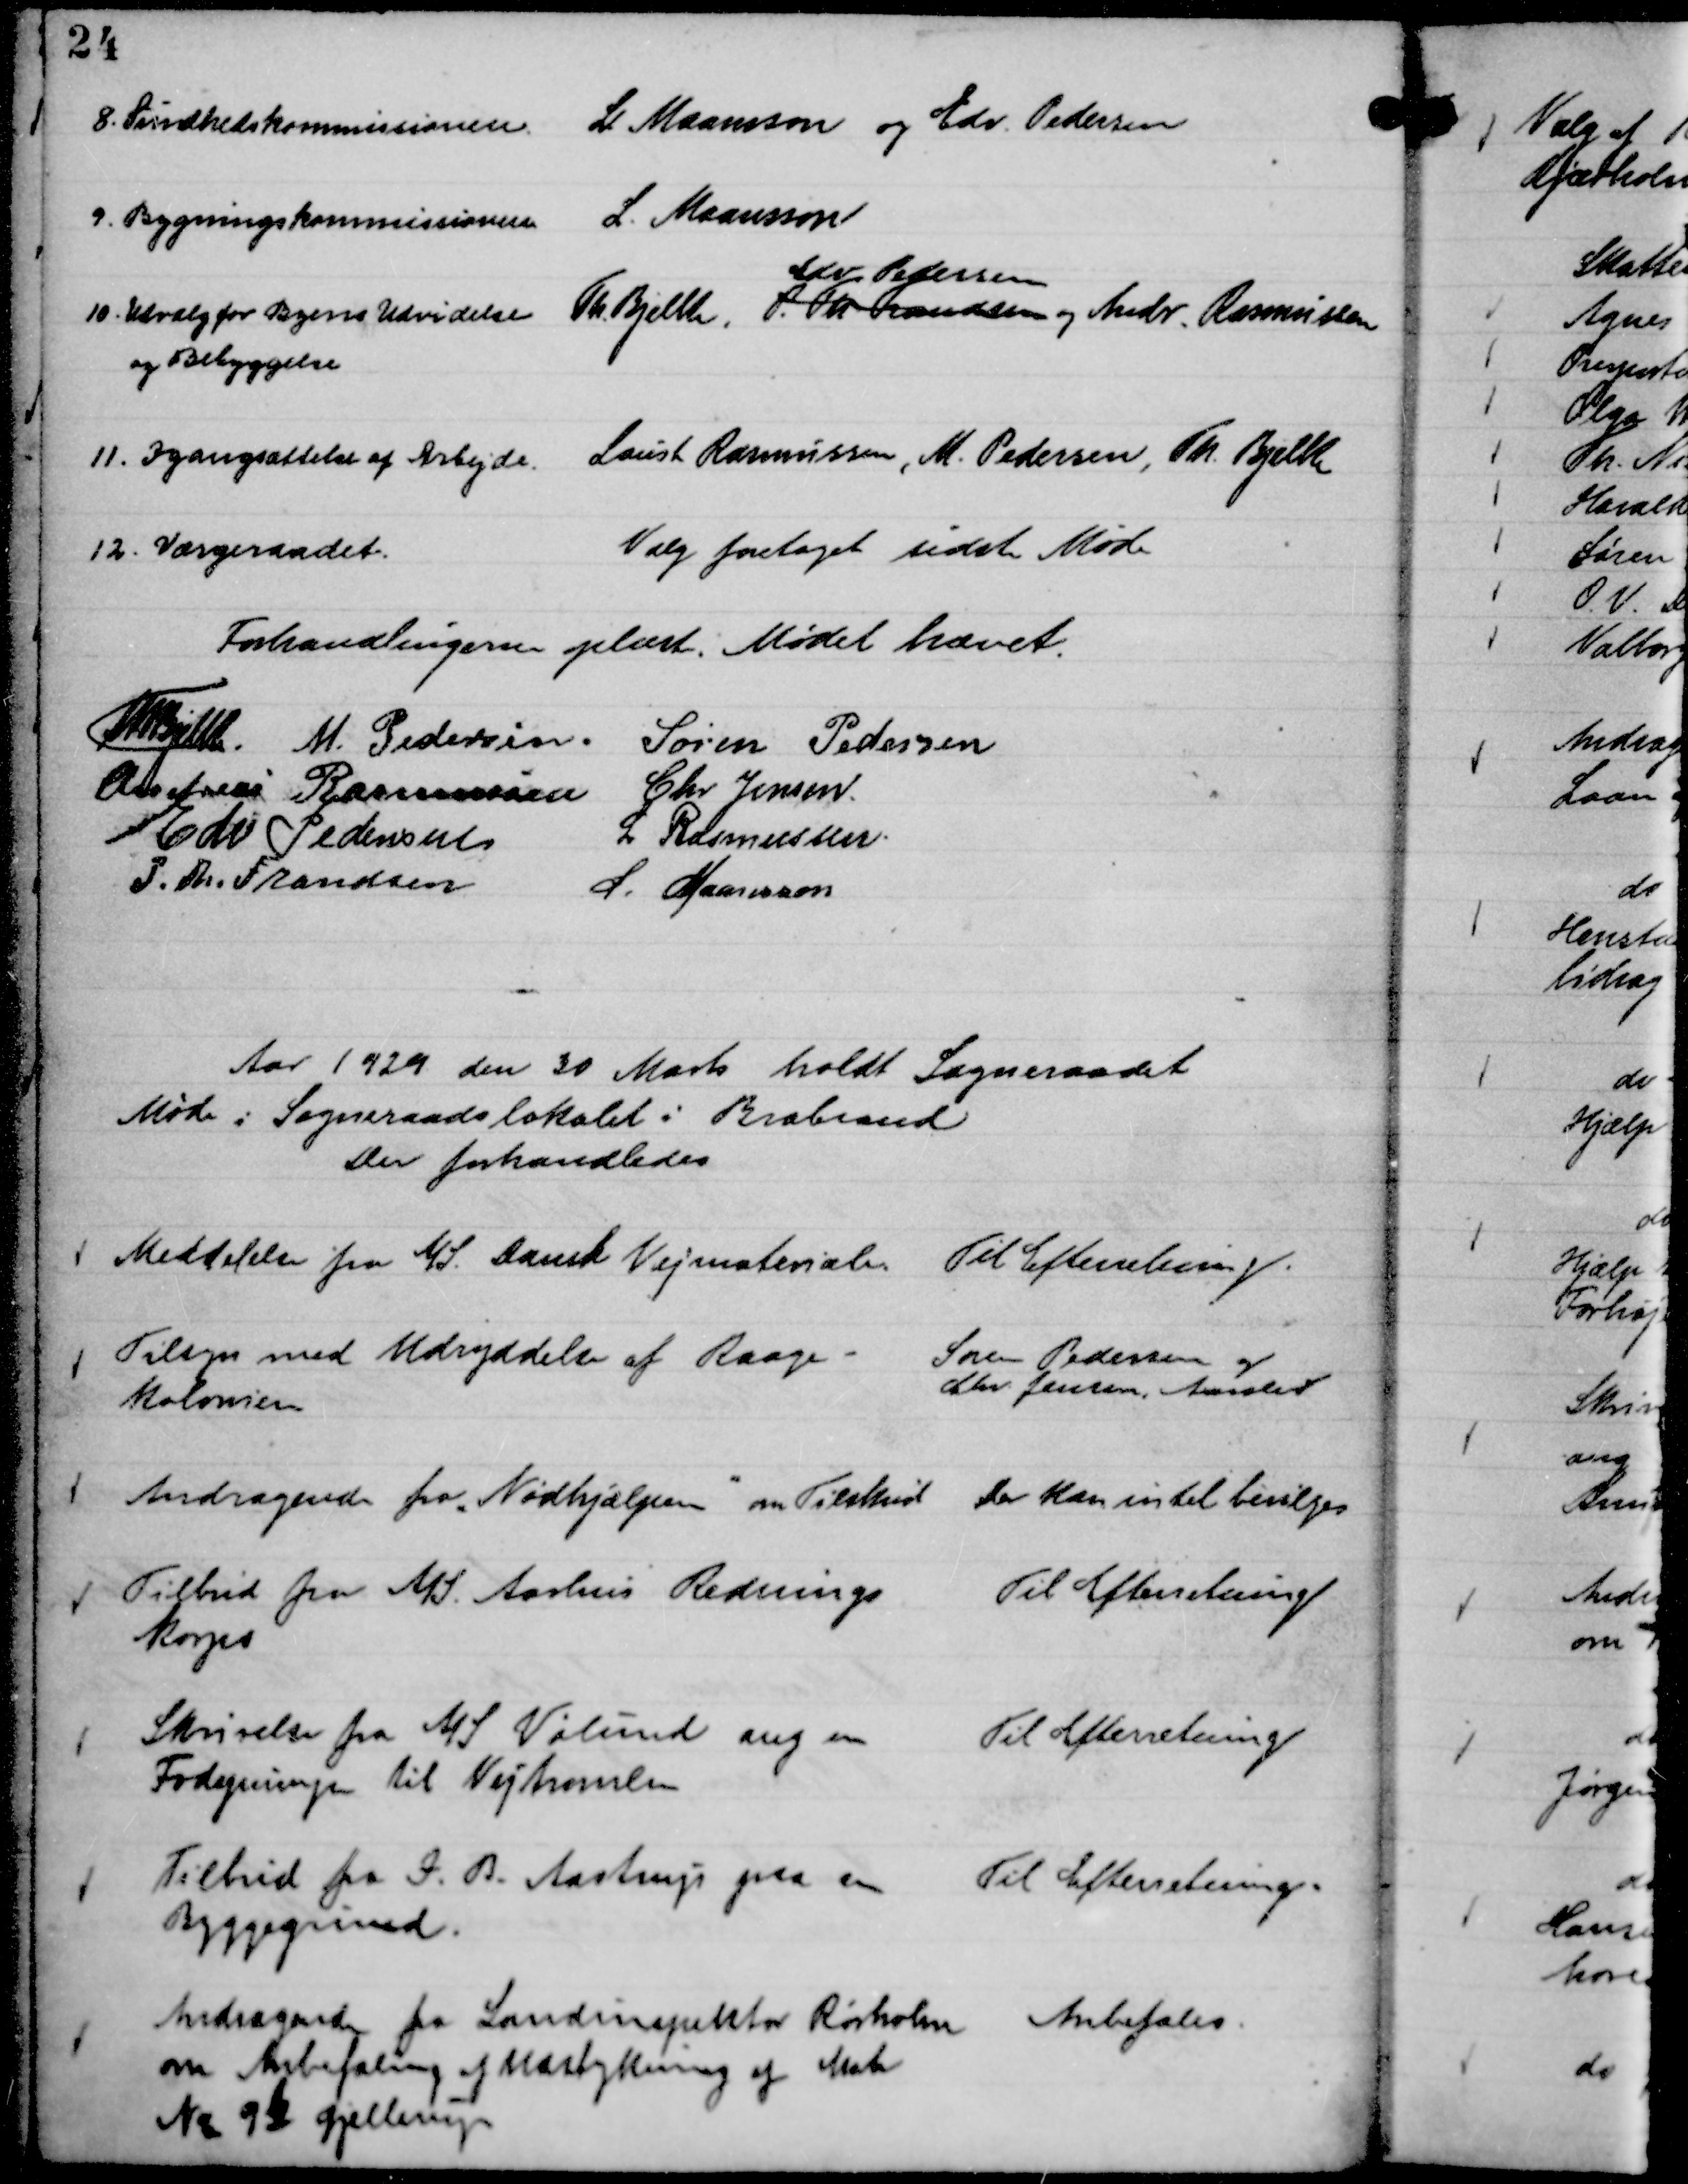
Transskription:
8. Sundhedskommissionen
L Maansson og Edv. Pedersen
9. Bygningskommissionen
L. Maansson
10 Udvalg for Byens Udvidelse
og Bebyggelse
Th. Bjelke, P. Th. Frandsen
Edv Pedersen
og Andr. Rasmussen 
11. Igangsættelse af Arbejde.
Laust Rasmussen, M. Pedersen, Th. Bjelke 
12. Værgeraadet.
Valg foretaget sidste Møde

Forhandlingerne oplæst Mødet hævet.
Th Bjelke
M. Pedersen.
Søren Pedersen
Andreas Rasmussen
Chr. Jensen.
Edv Pedersen
L Rasmussen.
P. Th. Frandsen
L. Maansson

Aar 1929 den 30 Marts holdt Sogneraadet
Møde i Sogneraadslokalet i Brabrand
Der forhandledes

Meddelelse fra A/S. Dansk Vejmateriale.

Til Efterretning.

Tilsyn med Udryddelse af Raage-
kolonien

Søren Pedersen og
Chr. Jensen, Aarslev

Andragende fra "Nødhjælpen"

om Tilskud

Der kan intet bevilges

Tilbud fra A/S Aarhus Rednings
Korps

Til Efterretning

Skrivelse fra A/S Vølund ang en
Fødepumpe til Vejtromlen

Til Efterretning

Tilbud fra I. B. Aastrup paa en 
Byggegrund.

Til Efterretning.

Andragende fra Landinspektør Rørholm
om Anbefaling af Udstykning af Matr
No 92 Gjellerup

Anbefales.